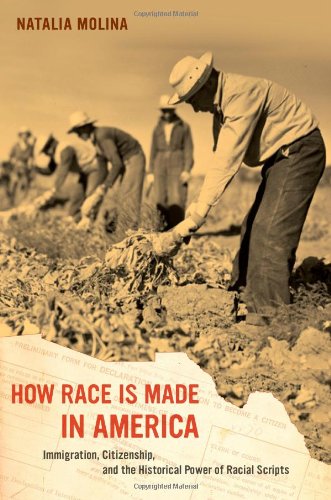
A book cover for How Race Is Made in America: Immigration, Citizenship, and the Historical Power of Racial Scripts (American Crossroads); Natalia Molina; History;